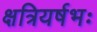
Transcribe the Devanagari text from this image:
क्षत्रियर्षभः